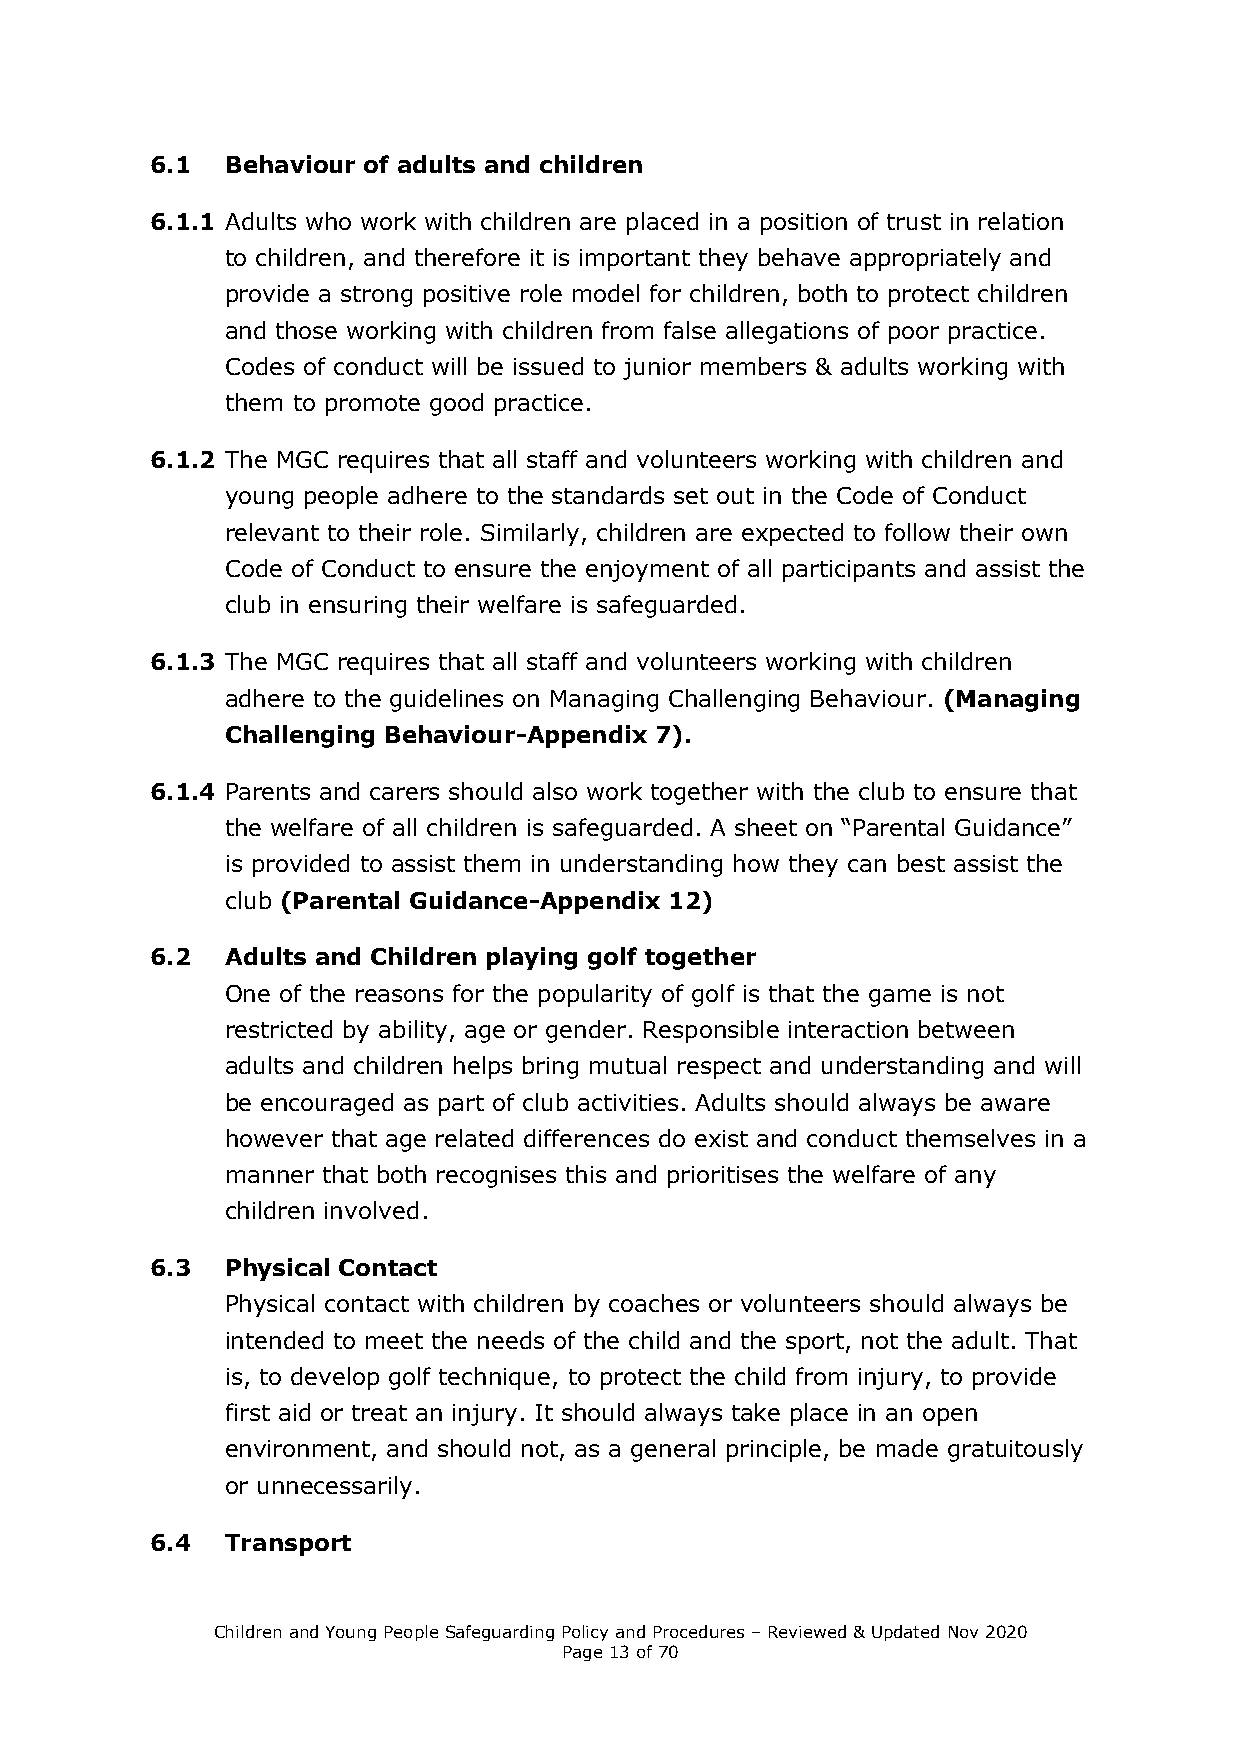
6.1  Behaviour of adults and children
 6.1.1 Adults who work with children are placed in a position of trust in relation
 to children, and therefore it is important they behave appropriately and
 provide a strong positive role model for children, both to protect children
 and those working with children from false allegations of poor practice.
 Codes of conduct will be issued to junior members & adults working with
 them to promote good practice.
 6.1.2 The MGC requires that all staff and volunteers working with children and
 young people adhere to the standards set out in the Code of Conduct
 relevant to their role. Similarly, children are expected to follow their own
 Code of Conduct to ensure the enjoyment of all participants and assist the
 club in ensuring their welfare is safeguarded.
 6.1.3 The MGC requires that all staff and volunteers working with children
 adhere to the guidelines on Managing Challenging Behaviour. (Managing
 Challenging Behaviour-Appendix 7).
 6.1.4 Parents and carers should also work together with the club to ensure that
 the welfare of all children is safeguarded. A sheet on “Parental Guidance”
 is provided to assist them in understanding how they can best assist the
 club (Parental Guidance-Appendix 12)
 6.2  Adults and Children playing golf together
 One of the reasons for the popularity of golf is that the game is not
 restricted by ability, age or gender. Responsible interaction between
 adults and children helps bring mutual respect and understanding and will
 be encouraged as part of club activities. Adults should always be aware
 however that age related differences do exist and conduct themselves in a
 manner that both recognises this and prioritises the welfare of any
 children involved.
 6.3  Physical Contact
 Physical contact with children by coaches or volunteers should always be
 intended to meet the needs of the child and the sport, not the adult. That
 is, to develop golf technique, to protect the child from injury, to provide
 first aid or treat an injury. It should always take place in an open
 environment, and should not, as a general principle, be made gratuitously
 or unnecessarily.
 6.4  Transport
 Children and Young People Safeguarding Policy and Procedures – Reviewed & Updated Nov 2020
 Page 13 of 70